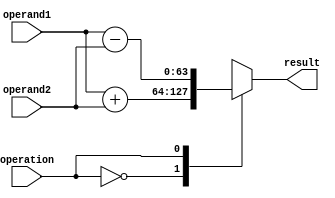
module double_precision_fpu (
    input wire [63:0] operand1,
    input wire [63:0] operand2,
    input wire operation, // 0 for addition, 1 for subtraction, 2 for multiplication, 3 for division
    output reg [63:0] result
);

always @(*) begin
    case(operation)
        0: result = operand1 + operand2; // addition
        1: result = operand1 - operand2; // subtraction
        2: result = operand1 * operand2; // multiplication
        3: result = operand1 / operand2; // division
        default: result = 0;
    endcase
end

endmodule